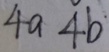
4 a 4 b